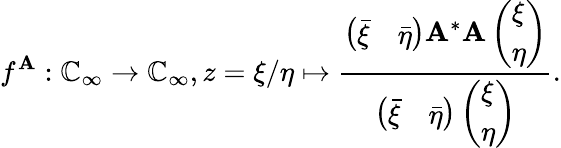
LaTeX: f^{\mathbf{A}}:\mathbb{{C}}_{\infty}\rightarrow\mathbb{{C}}_{\infty},z=\xi/\eta\mapsto\frac{{\left(\begin{array}{ll}{\bar{\xi}}&{\bar{\eta}}\end{array}\right)\mathbf{A}^{*}\mathbf{A}\left(\begin{array}{l}{\xi}\\ {\eta}\end{array}\right)}}{{\left(\begin{array}{ll}{\bar{\xi}}&{\bar{\eta}}\end{array}\right)\left(\begin{array}{l}{\xi}\\ {\eta}\end{array}\right)}}.